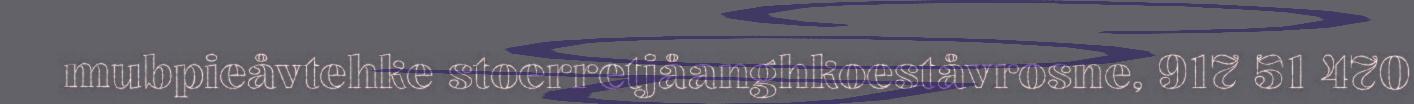
mubpieåvtehke stoerretjåanghkoeståvrosne, 917 51 470